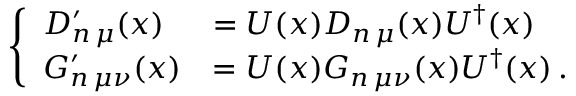
\left\{ \begin{array} { l l } { D _ { n \, \mu } ^ { \prime } ( x ) } & { = U ( x ) D _ { n \, \mu } ( x ) U ^ { \dagger } ( x ) } \\ { G _ { n \, \mu \nu } ^ { \prime } ( x ) } & { = U ( x ) G _ { n \, \mu \nu } ( x ) U ^ { \dagger } ( x ) \, . } \end{array} \right.